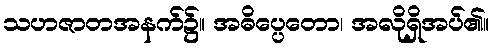
သဟဇာတအနက်၌။ အဓိပ္ပေတော၊ အလိုရှိအပ်၏။